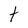
Character: t